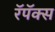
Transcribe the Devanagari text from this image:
रॅपॅक्स